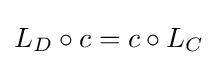
L_{D}\circ c=c\circ L_{C}